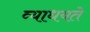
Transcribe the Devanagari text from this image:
व्याधयते